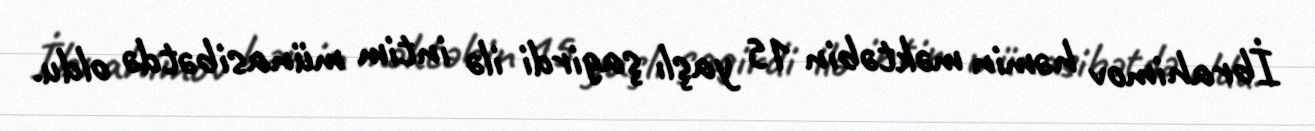
İbrahimov həmin məktəbin 15 yaşlı şagirdi ilə intim münasibətdə oldu.